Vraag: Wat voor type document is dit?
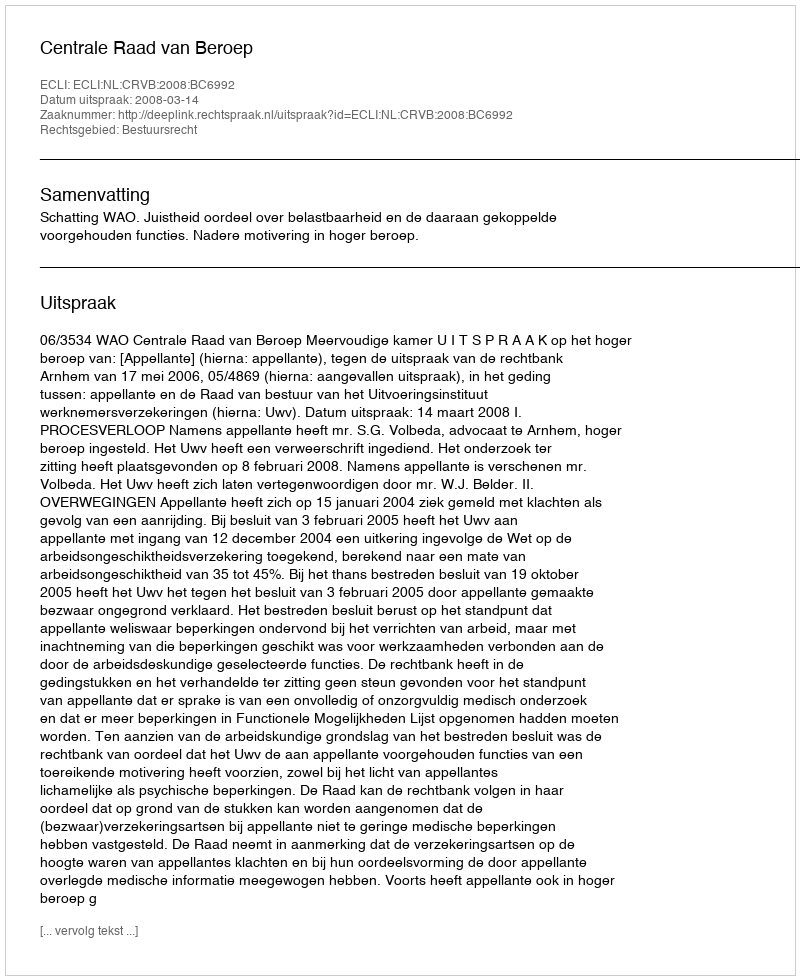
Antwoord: Uitspraak